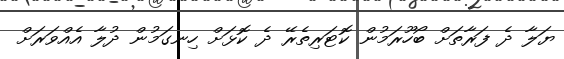
ޔަލާ ދެ ފަރާތަށް ބޯހޫރަމުން ކޮޓަރިތެރޭ ދެ ކޮޅަށް ހިނގަމުން ދުލާ އެއްވަރަށް